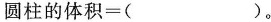
圆柱的体积=( )。